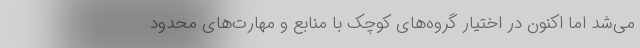
می‌شد اما اکنون در اختیار گروه‌های کوچک با منابع و مهارت‌های محدود